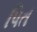
પિત